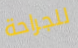
للجراحة